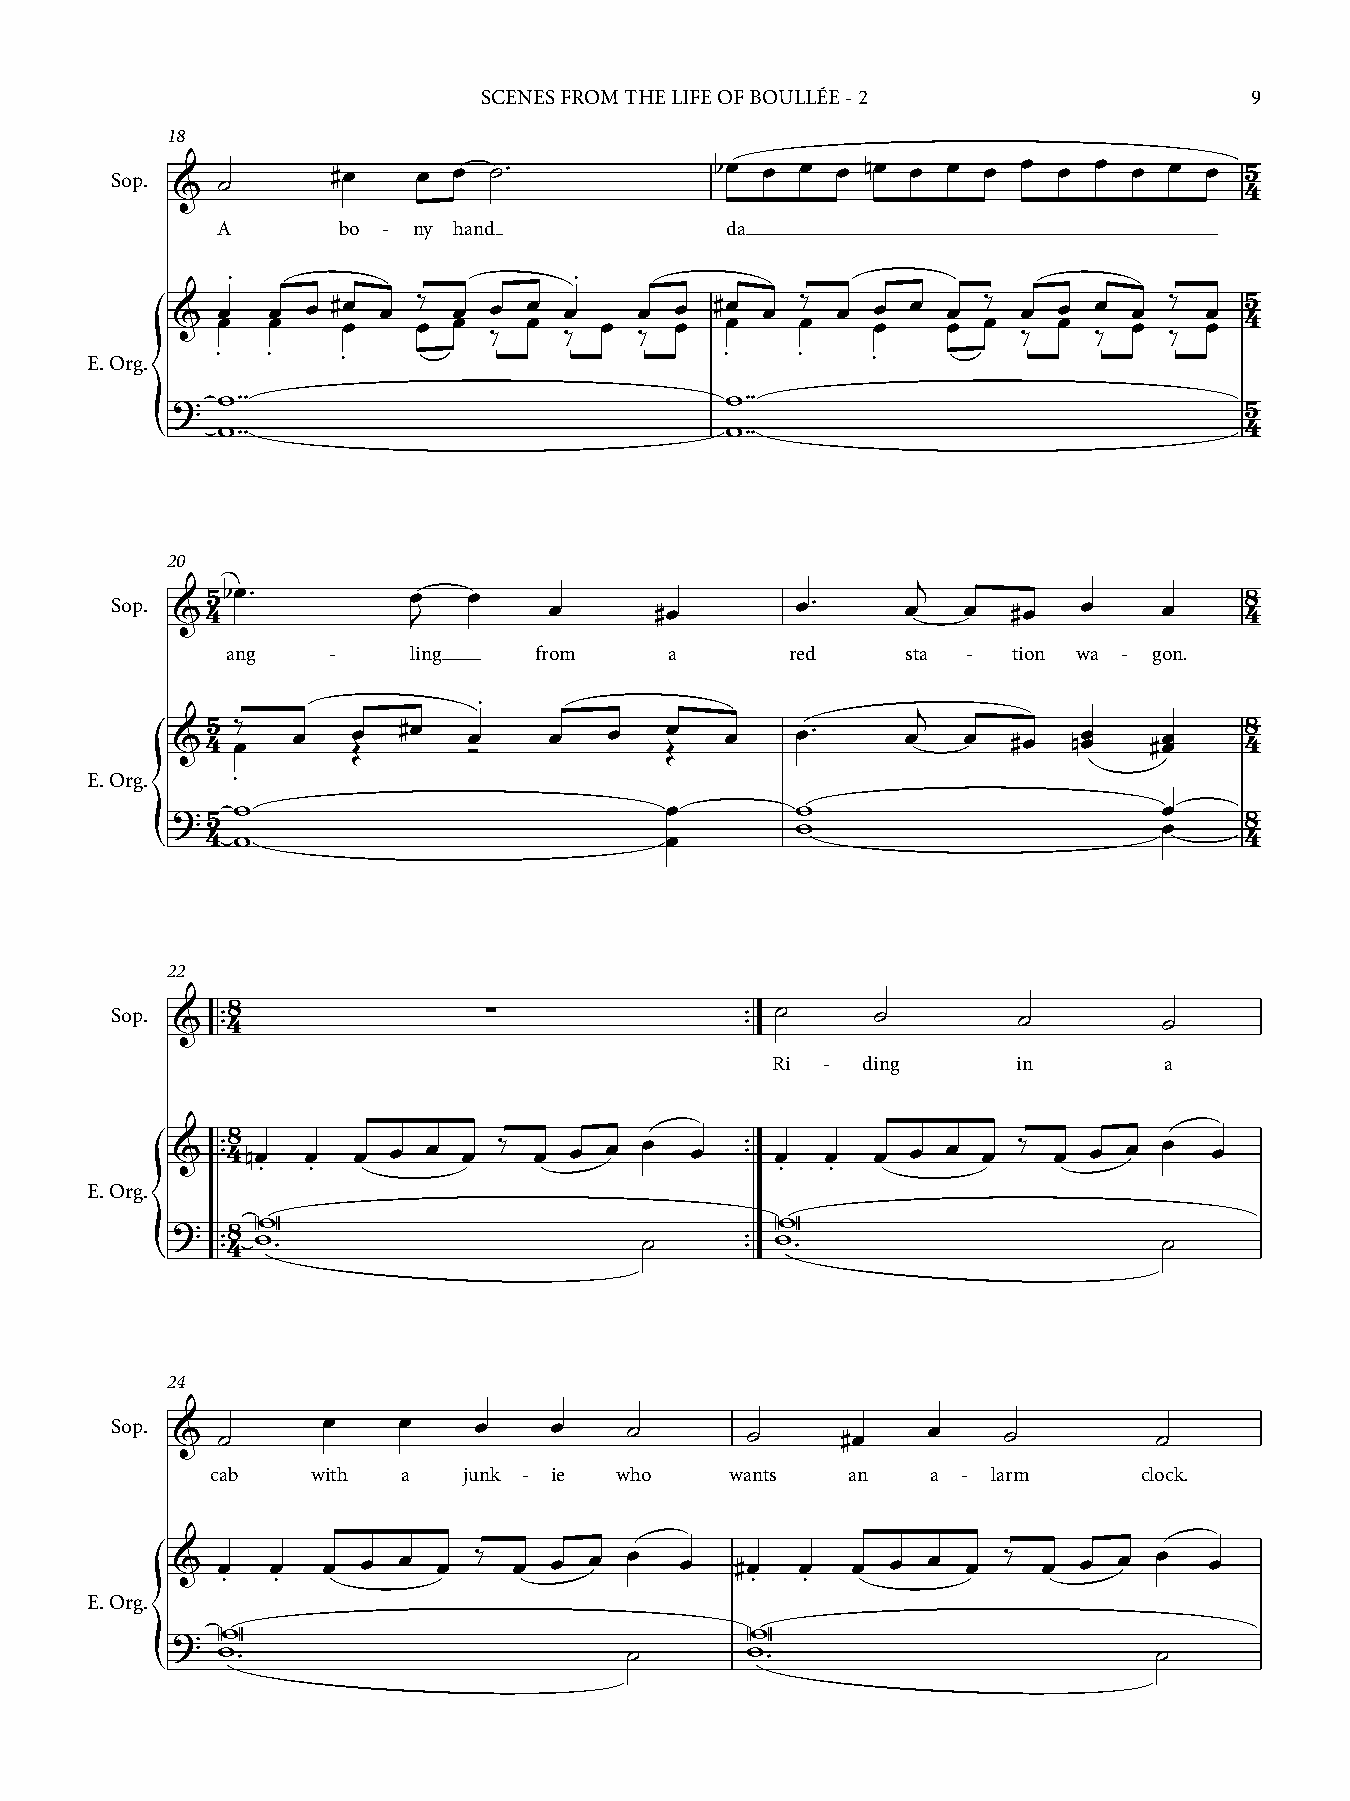
SCENES FROM THE LIFE OF BOULLÉE - 2                9
 18
 Sop. & ˙       #œ    œ œ ˙™             bœ  œ œ œ nœ œ  œ œ  œ œ  œ œ œ  œ 45
 A       bo - ny hand              da
 .                      .
 &  œ œ œœ œ # œœ œ œ‰ œœ œ œœ œ œ œ œ œ # œœ œ œ‰ œ œœ œ œœ œ‰ œ œœ œ œœ ‰ œ œ 45
 ‰    ‰    ‰                         ‰    ‰   ‰
 E. Org. .   .    .                        .    .    .
 ?
 w™™                               w™™
 5
 w                                 w                                 4
 {     ™™                                ™™
 20
 Sop. &45bœ ™        œ J œ    œ      #œ        œ™     œj  œ  #œ   œ    œ    48
 ang    -    ling    from     a       red     sta -  tion wa - gon.
 .
 j
 &45  œ‰ œ   Œœ #œ   Óœ   œ   œ   Œœ  œ    œ™     œ   œ  #œ  nœœ  #œœ   48
 E. Org.  .
 w                           œ        w                       œ
 ?5                                                                     8
 w                       œ
 4 w                           œ                                     4
 {
 22
 Sop. &  ™ ™48            ∑               ™ ™ ˙    ˙        ˙         ˙
 Ri -  ding      in        a
 8
 &   ™ ™4nœ œ œ œ œ  œ ‰ œ  œ œ œ   œ  ™ ™ œ œ  œ œ  œ œ ‰  œ œ  œ œ  œ
 .  .                               .  .
 E. Org.
 W                                 W
 ?   8
 ™ ™4 w ™                   ˙      ™ ™ w ™                     ˙
 {
 24
 Sop. & ˙      œ    œ    œ     œ    ˙      ˙      #œ   œ    ˙          ˙
 cab    with  a   junk - ie who    wants   an    a - larm      clock.
 &  œ   œ  œ  œ œ  œ ‰  œ  œ œ  œ  œ   #œ  œ  œ  œ œ  œ ‰  œ  œ œ  œ  œ
 .  .                               .  .
 E. Org.
 W                                  W
 ?
 w                           ˙      w                           ˙
 ™                                  ™
 {